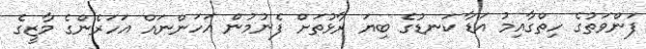
ފަންވަތުގެ ހިތްގާއިމު އަޑާ ކަނޑުގެ ބިޔަ ރާޅުތަށް ފެނުމުން އަހަންނައް އަހަރެންގެ މާޒީގެ